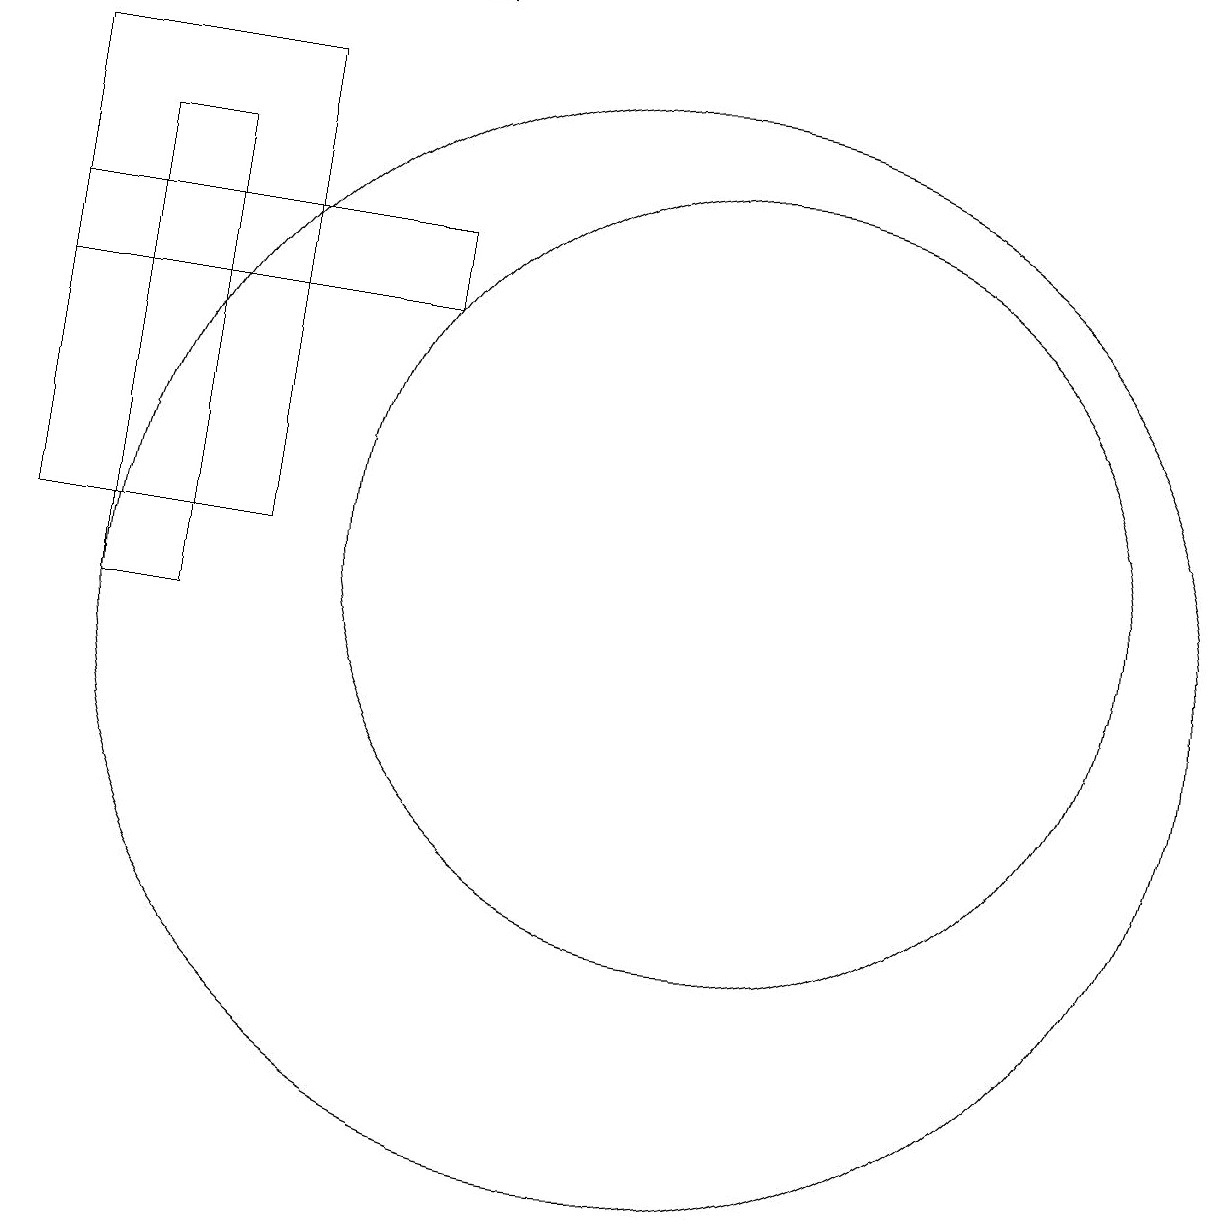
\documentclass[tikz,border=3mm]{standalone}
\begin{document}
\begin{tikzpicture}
\draw (2,18) rectangle (7,18);
\draw (3,16) rectangle (4,10);
\draw (11,11) circle (0);
\draw (10,10) circle (7);
\draw (11,11) circle (5);
\draw (7,14) rectangle (2,15);
\draw (5,11) rectangle (2,17);
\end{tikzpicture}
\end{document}